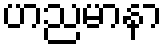
ဟညမာနာ